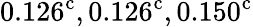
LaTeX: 0.126^{\mathrm{c}},0.126^{\mathrm{c}},0.150^{\mathrm{c}}